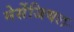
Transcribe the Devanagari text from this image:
मेसेंजियल